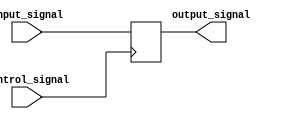
module comb_buf(input input_signal, input control_signal, output reg output_signal);

  always @ (posedge control_signal) begin
    if (control_signal) begin
      output_signal <= input_signal;
    end
  end
  
endmodule